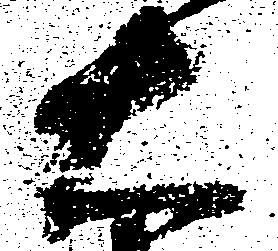
右